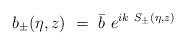
LaTeX: \begin{align*}b_{\pm} (\eta,z) ~=~ \bar{b} ~ e^{i k~ S_{\pm} (\eta,z)}\end{align*}